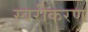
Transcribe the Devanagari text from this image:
स्वरीकरण